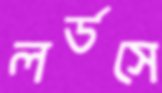
লর্ডসে